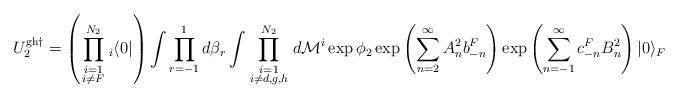
LaTeX: \begin{align*}U^{{\rm gh}\dagger }_2 = \left( \prod_{\scriptstyle i=1\atop \scriptstyle i\neq F}^{N_2}{ }_i\langle 0|\right) \int \prod_{r=-1}^1d\beta _r\int \prod_{\scriptstyle i=1\atop \scriptstyle i\neq d,g,h}^{N_2}d{\cal M}^i \exp {\phi _2}\exp \left( \sum_{n=2}^\infty A_n^2b_{-n}^F\right) \exp \left( \sum_{n=-1}^\infty c_{-n}^FB_n^2\right) |0\rangle _F\end{align*}